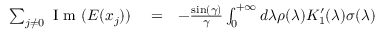
\begin{array} { r l r } { \sum _ { j \neq 0 } \mathrm { ~ I ~ m ~ } ( E ( x _ { j } ) ) } & { { } = } & { - \frac { \sin ( \gamma ) } { \gamma } \int _ { 0 } ^ { + \infty } d \lambda \rho ( \lambda ) K _ { 1 } ^ { \prime } ( \lambda ) \sigma ( \lambda ) } \end{array}